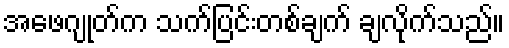
အဖေဂျုတ်က သက်ပြင်းတစ်ချက် ချလိုက်သည်။